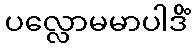
ပလ္လောမမာပါဒိံ